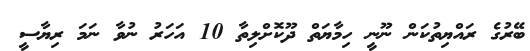
ބޭރުގެ ރައްޔިތުކަން ނޫނީ ހިމާޔަތް ދޫކޮށްލިތާ 10 އަހަރު ނުވާ ނަމަ ރިޔާސީ